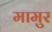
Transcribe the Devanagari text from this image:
मामुर